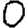
Digit: 0